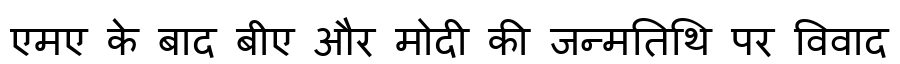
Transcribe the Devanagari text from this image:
एमए के बाद बीए और मोदी की जन्मतिथि पर विवाद